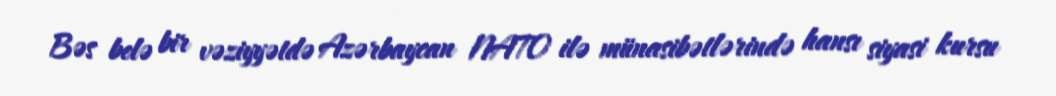
Bəs belə bir vəziyyətdə Azərbaycan NATO ilə münasibətlərində hansı siyasi kursu